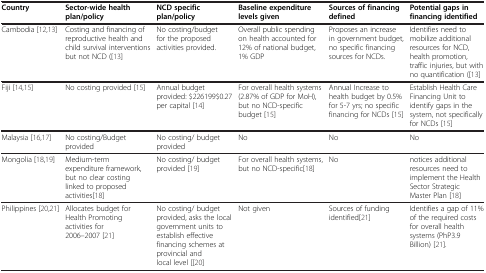
| Country | Sector-wide health plan/policy | NCD specific plan/policy | Baseline expenditure levels given | Sources of financing defined | Potential gaps in financing identified |
 | --- | --- | --- | --- | --- | --- |
 | Cambodia [12,13] | Costing and financing of reproductive health and child survival interventions but not NCD ([13] | No costing/budget for the proposed activities provided. | Overall public spending on health accounted for 12% of national budget, 1% GDP | Proposes an increase in government budget, no specific financing sources for NCDs. | Identifies need to mobilize additional resources for NCD, health promotion, traffic injuries, but with no quantification ([13] |
 | Fiji [14,15] | No costing provided [15] | Annual budget provided: $226199$0.27 per capital [14] | For overall health systems (2.87% of GDP for MoH), but no NCD-specific budget [15] | Annual Increase to health budget by 0.5% for 5-7 yrs; no specific financing for NCDs [15] | Establish Health Care Financing Unit to identify gaps in the system, not specifically for NCDs [15] |
 | Malaysia [16,17] | No costing/Budget provided | No costing/ budget provided | No | No | No |
 | Mongolia [18,19] | Medium-term expenditure framework, but no clear costing linked to proposed activities[18] | No costing/ budget provided [19] | For overall health systems, but no NCD-specific[18] | No | notices additional resources need to implement the Health Sector Strategic Master Plan [18] |
 | Philippines [20,21] | Allocates budget for Health Promoting activities for 2006–2007 [21] | No costing/ budget provided, asks the local government units to establish effective financing schemes at provincial and local level [[20] | Not given | Sources of funding identified[21] | Identifies a gap of 11% of the required costs for overall health systems (PhP3.9 Billion) [21]. |